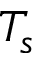
T _ { s }